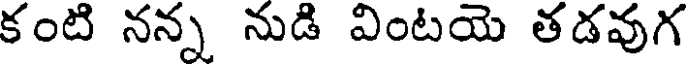
కంటి నన్న నుడి వింటయె తడవుగ